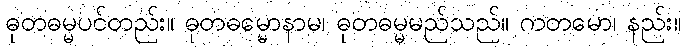
ဓုတဓမ္မပင်တည်း။ ဓုတဓမ္မောနာမ၊ ဓုတဓမ္မမည်သည်။ ကတမော၊ နည်း။